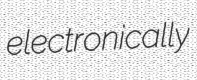
electronically